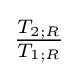
{\tfrac {T_{2;R}}{T_{1;R}}}